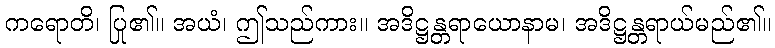
ကရောတိ၊ ပြု၏။ အယံ၊ ဤသည်ကား။ အဒိဋ္ဌန္တရာယောနာမ၊ အဒိဋ္ဌန္တရာယ်မည်၏။